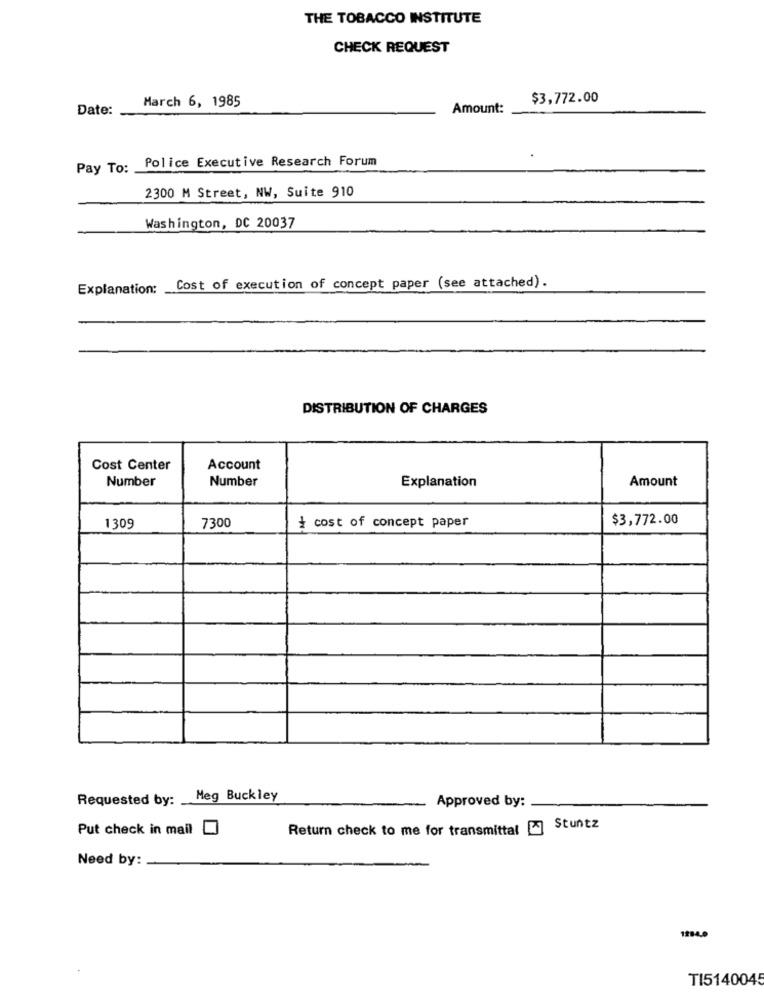
THE TOBACCO INSTITUTE
CHECK REQUEST
$3,772.00
Date:
March 6, 1985
Amount:
Police Executive Research Forum
Pay To:
2300 M Street, NW, Suite 910
Washington, DC 20037
Explanation:
Cost of execution of concept paper (see attached).
DISTRIBUTION OF CHARGES
Cost Center
Account
Number
Number
Explanation
Amount
$3,772.00
1309
7300
¿ cost of concept paper
Requested by: .
Meg Buckley
Approved by:
Put check in mail
Return check to me for transmittal @ Stuntz
Need by:
1284.0
TI5140045